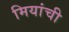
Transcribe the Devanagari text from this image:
मियांची